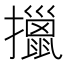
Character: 擸